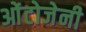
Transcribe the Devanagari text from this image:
ओंटोजेनी